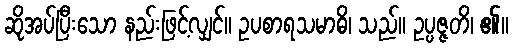
ဆိုအပ်ပြီးသော နည်းဖြင့်လျှင်။ ဥပစာရသမာဓိ၊ သည်။ ဥပ္ပဇ္ဇတိ၊ ၏။